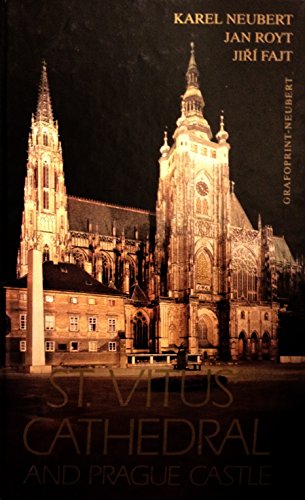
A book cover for St Vitus Cathedral and Prague Castle; Karel Neubert; Travel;